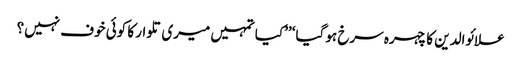
علائوالدین کا چہرہ سرخ ہو گیا‘ ’’کیا تمہیں میری تلوار کا کوئی خوف نہیں؟